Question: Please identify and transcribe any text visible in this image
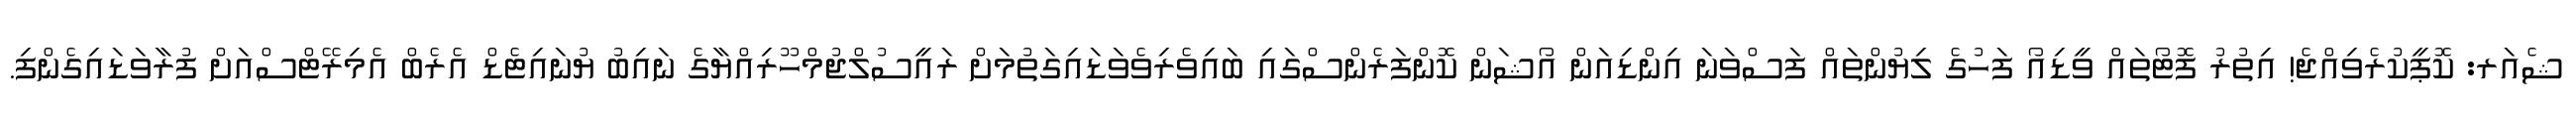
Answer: ޝެއަރ: ކޮޕީކުރެވިއްޖެ! އިތުރު ފޮޓޯތައް ވީޑިއޯ ފަހުގެ ލިޔުންތައް ފަސްވަނަ އިންޑިއަން އޯޝަން ކޮންފަރެންސްގައި ބައިވެރިވެވަޑައިގަތުމަށް ރައީސުލްޖުމްހޫރިއްޔާގެ ނައިބު ޔުނައިޓެޑް އެރެބް އެމިރޭޓްސްއަށް ފުރާވަޑައިގެންފި.